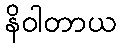
နိဝါတာယ